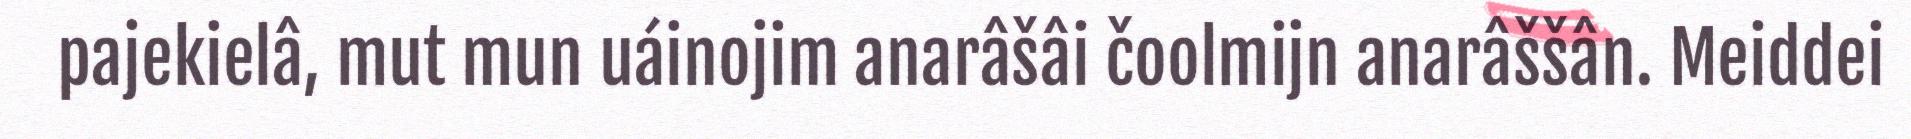
pajekielâ, mut mun uáinojim anarâšâi čoolmijn anarâššân. Meiddei